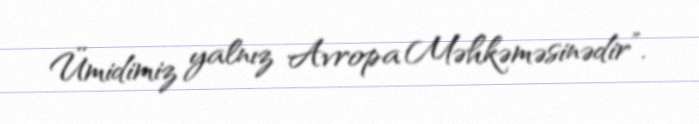
Ümidimiz yalnız Avropa Məhkəməsinədir”.